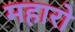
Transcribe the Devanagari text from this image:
महारो